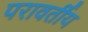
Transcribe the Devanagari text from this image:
परावर्तीय